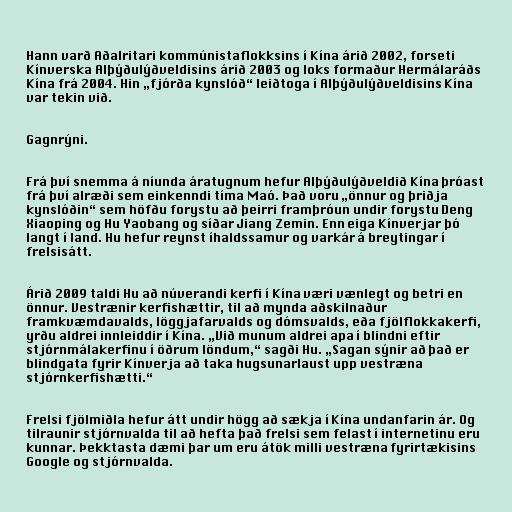
Hann varð Aðalritari kommúnistaflokksins í Kína árið 2002, forseti
Kínverska Alþýðulýðveldisins árið 2003 og loks formaður Hermálaráðs
Kína frá 2004. Hin „fjórða kynslóð“ leiðtoga í Alþýðulýðveldisins Kína
var tekin við.

Gagnrýni.

Frá því snemma á níunda áratugnum hefur Alþýðulýðveldið Kína þróast
frá því alræði sem einkenndi tíma Maó. Það voru „önnur og þriðja
kynslóðin“ sem höfðu forystu að þeirri framþróun undir forystu Deng
Xiaoping og Hu Yaobang og síðar Jiang Zemin. Enn eiga Kínverjar þó
langt í land. Hu hefur reynst íhaldssamur og varkár á breytingar í
frelsisátt.

Árið 2009 taldi Hu að núverandi kerfi í Kína væri vænlegt og betri en
önnur. Vestrænir kerfishættir, til að mynda aðskilnaður
framkvæmdavalds, löggjafarvalds og dómsvalds, eða fjölflokkakerfi,
yrðu aldrei innleiddir í Kína. „Við munum aldrei apa í blindni eftir
stjórnmálakerfinu í öðrum löndum,“ sagði Hu. „Sagan sýnir að það er
blindgata fyrir Kínverja að taka hugsunarlaust upp vestræna
stjórnkerfishætti.“

Frelsi fjölmiðla hefur átt undir högg að sækja í Kína undanfarin ár. Og
tilraunir stjórnvalda til að hefta það frelsi sem felast í internetinu eru
kunnar. Þekktasta dæmi þar um eru átök milli vestræna fyrirtækisins
Google og stjórnvalda.